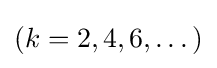
(k=2,4,6,\dotsc )